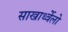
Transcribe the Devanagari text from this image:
साखार्थ्वेलो